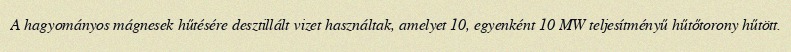
A hagyományos mágnesek hűtésére desztillált vizet használtak, amelyet 10, egyenként 10 MW teljesítményű hűtőtorony hűtött.